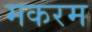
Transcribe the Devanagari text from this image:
मकरम